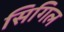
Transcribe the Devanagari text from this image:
सिगिल